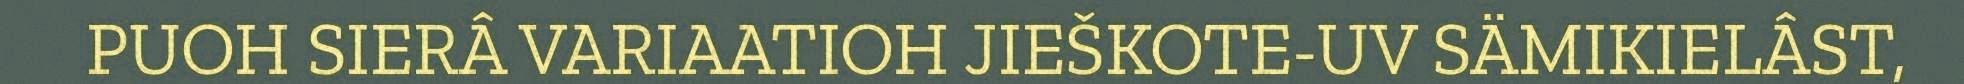
PUOH SIERÂ VARIAATIOH JIEŠKOTE-UV SÄMIKIELÂST,